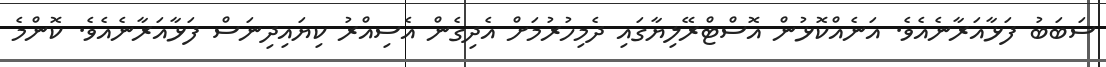
ސަބަބު ފަޅާއަރާނެއެވެ. އަނެއްކޮޅުން އޮސްޓްރޭލިޔާގައި ދެމިހުރުމަށް އެދިގެން އެސިއްރު ކިޔައިދިނަސް ފަޅާއަރާނެއެވެ. ކޮންމެ